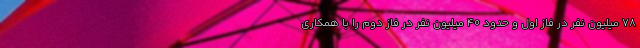
۷۸ میلیون نفر در فاز اول و حدود ۴۰ میلیون نفر در فاز دوم را با همکاری